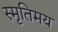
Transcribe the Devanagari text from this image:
स्मृतिमय